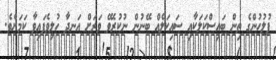
ފުލުހުންގެ ތިން ބައިސްކަލަކާއި ސައިކަލެއް ބޭނުން ނުކުރެވޭ ވަރަށް އަނދާ ހުލިވެފައިވާ ކަމަށެވެ.